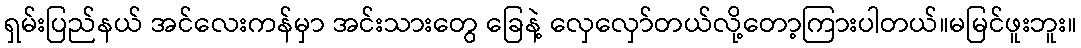
ရှမ်းပြည်နယ် အင်လေးကန်မှာ အင်းသားတွေ ခြေနဲ့ လှေလှော်တယ်လို့တော့ကြားပါတယ်။မမြင်ဖူးဘူး။